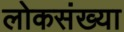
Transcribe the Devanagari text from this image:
लोकसंख्‍या